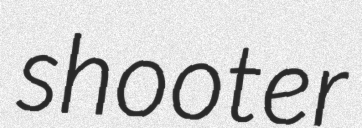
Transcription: shooter